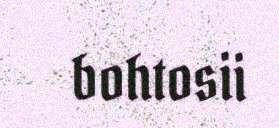
bohtosii